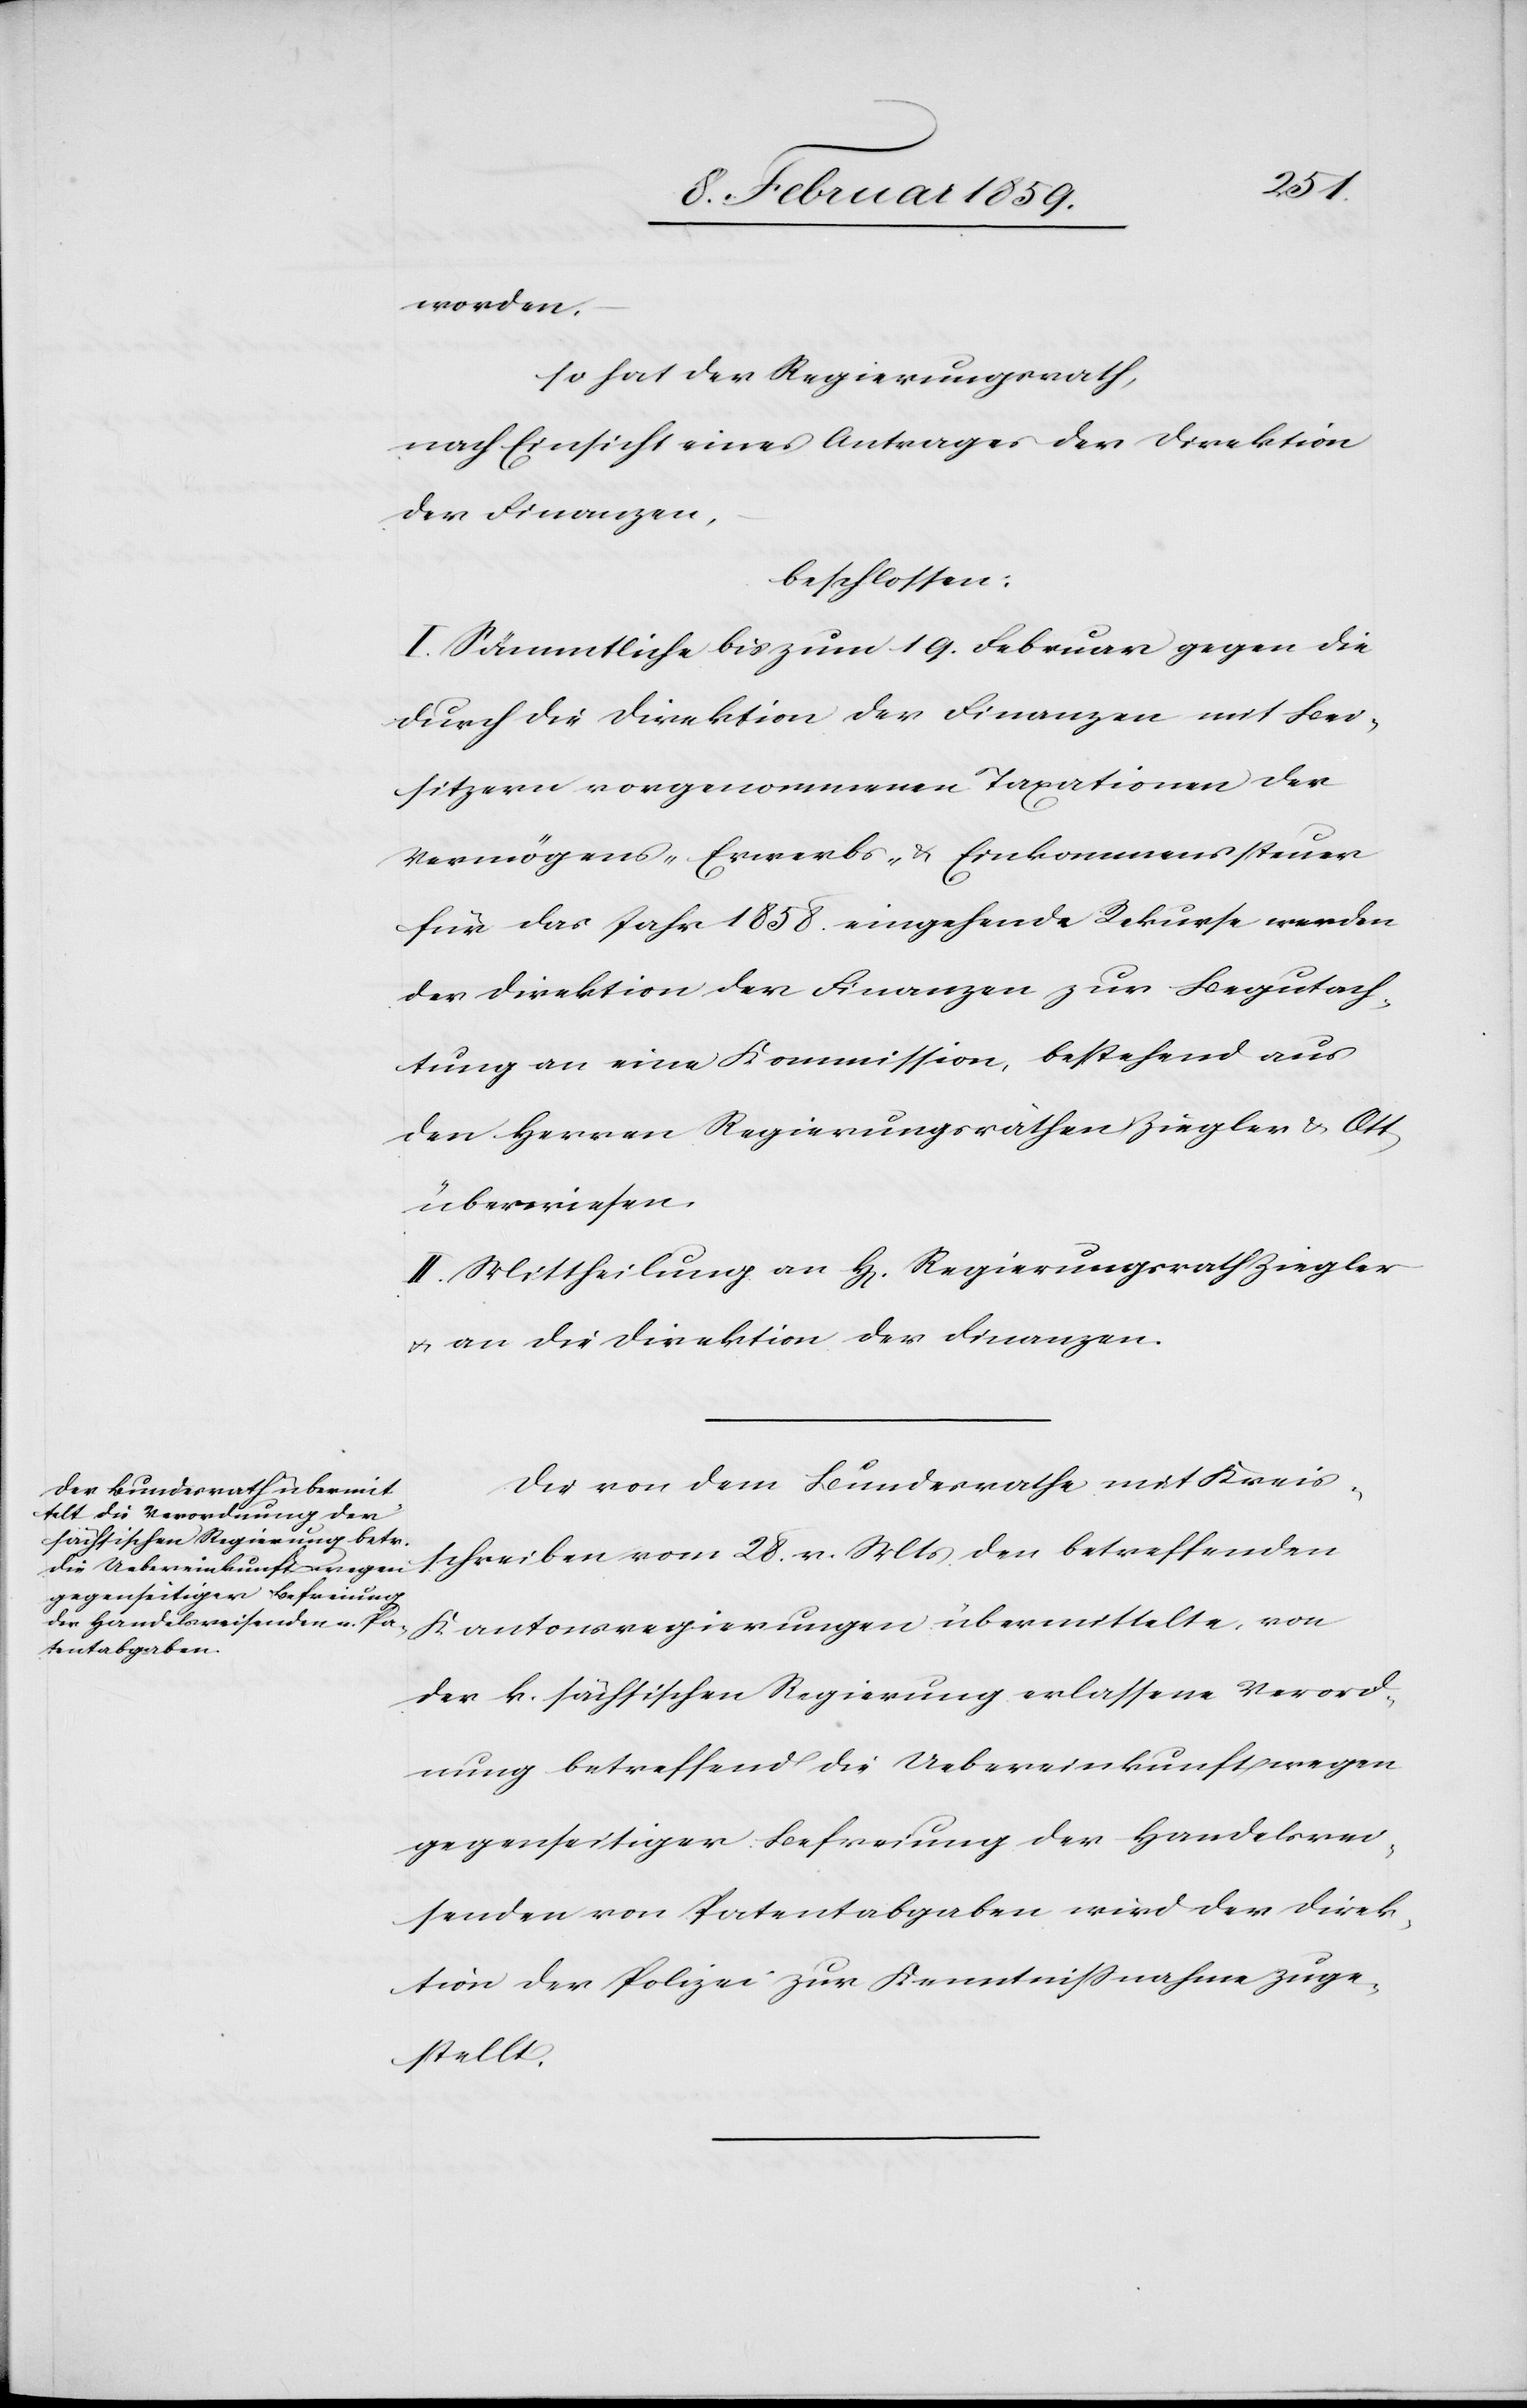
worden.
so hat der Regierungsrath,
nach Einsicht eines Antrages der Direktion
der Finanzen,
beschlossen:
I. Sämmtliche bis zum 19. Februar gegen die
durch die Direktion der Finanzen mit Bei¬
sitzern vorgenommenen Taxationen der
Vermögens-[,] Erwerbs- & Einkommenssteuer
für das Jahr 1858 eingehende Rekurse werden
der Direktion der Finanzen zur Begutach¬
tung an eine Kommission, bestehend aus
den Herren Regierungsräthen Ziegler & Ott
überwiesen.
II. Mittheilung an H[errn] Regierungsrath Ziegler
u. an die Direktion der Finanzen.
Die von dem Bundesrathe mit Kreis¬
schreiben vom 28. v. Mts den betreffenden
Kantonsregierungen übermittelte, von
der k. sächsischen Regierung erlassene Verord¬
nung betreffend die Uebereinkunft wegen
gegenseitiger Befreiung der Handelsrei¬
senden von Patentabgaben wird der Direk¬
tion der Polizei zur Kenntnißnahme zuge¬
stellt.